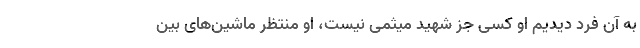
به آن فرد دیدیم او کسی جز شهید میثمی نیست، او منتظر ماشین‌های بین